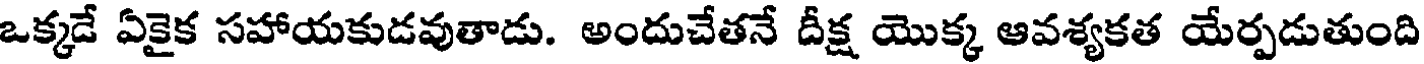
ఒక్కడే ఏకైక సహాయకుడవుతాడు. అందుచేతనే దీక్ష యొక్క ఆవశ్యకత యేర్పడుతుంది